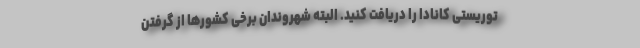
توریستی کانادا را دریافت کنید. البته شهروندان برخی کشورها از گرفتن